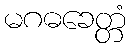
မဂဓခေတ္တံ